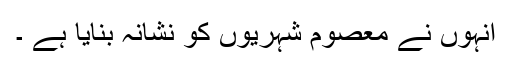
انہوں نے معصوم شہریوں کو نشانہ بنایا ہے ۔